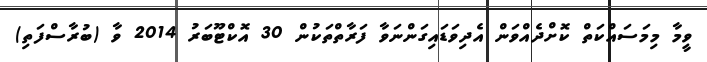
ވީމާ މިމަސައްކަތް ކޮށްދެއްވަން އެދިވަޑައިގަންނަވާ ފަރާތްތަކުން 30 އޮކްޓޫބަރު 2014 ވާ (ބުރާސްފަތި)